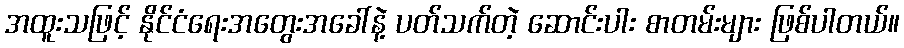
အထူးသဖြင့် နိုင်ငံရေးအတွေးအခေါ်နဲ့ ပတ်သက်တဲ့ ဆောင်းပါး စာတမ်းများ ဖြစ်ပါတယ်။